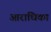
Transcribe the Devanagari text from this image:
आराधिका